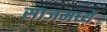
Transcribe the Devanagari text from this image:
साजमध्ये